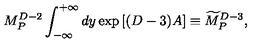
M _ { P } ^ { D - 2 } \int _ { - \infty } ^ { + \infty } d y \exp \left[ ( D - 3 ) A \right] \equiv { \widetilde M } _ { P } ^ { D - 3 } ,